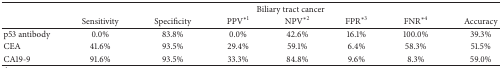
<table><thead><tr><td><b> </b></td><td colspan="7"><b>Biliary tract cancer </b></td></tr><tr><td><b> </b></td><td><b>Sensitivity</b></td><td><b>Specificity</b></td><td><b>PPV<sup>∗1</sup></b></td><td><b>NPV<sup>∗2</sup></b></td><td><b>FPR<sup>∗3</sup></b></td><td><b>FNR<sup>∗4</sup></b></td><td><b>Accuracy</b></td></tr></thead><tbody><tr><td>p53 antibody</td><td>0.0%</td><td>83.8%</td><td>0.0%</td><td>42.6%</td><td>16.1%</td><td>100.0%</td><td>39.3%</td></tr><tr><td>CEA</td><td>41.6%</td><td>93.5%</td><td>29.4%</td><td>59.1%</td><td>6.4%</td><td>58.3%</td><td>51.5%</td></tr><tr><td>CA19-9</td><td>91.6%</td><td>93.5%</td><td>33.3%</td><td>84.8%</td><td>9.6%</td><td>8.3%</td><td>59.0%</td></tr></tbody></table>